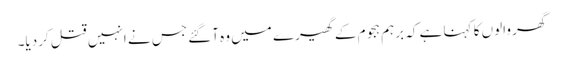
گھر والوں کا کہنا ہے کہ برہم ہجوم کے گھیرے میں وہ آگئے جس نے انہیں قتل کردیا۔